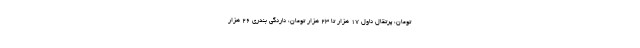
تومان، پرتقال ناول ۱۷ هزار تا ۲۳ هزار تومان، نارنگی بندری ۲۶ هزار